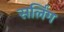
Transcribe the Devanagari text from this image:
सर्लिंग